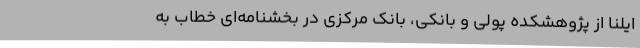
ایلنا از پژوهشکده پولی و بانکی، بانک مرکزی در بخشنامه‌ای خطاب به